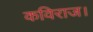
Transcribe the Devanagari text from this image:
कविराज।